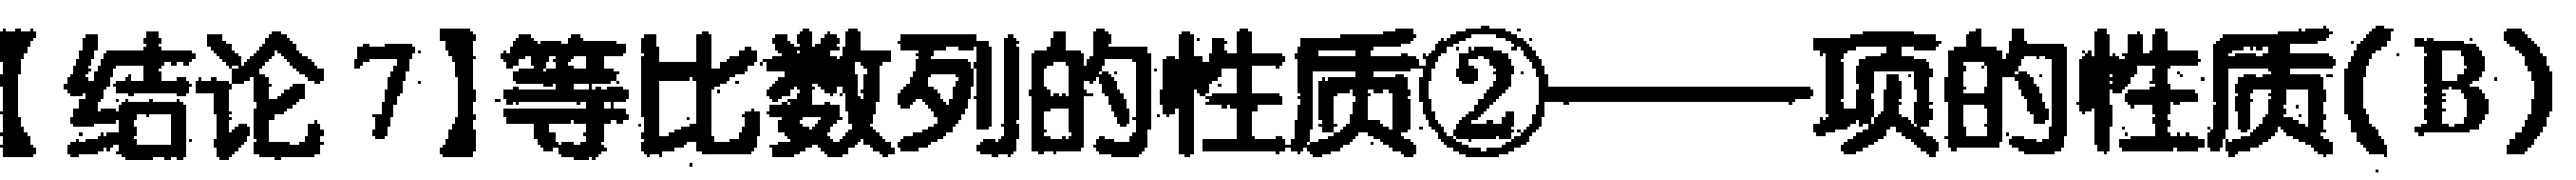
【结论7】等比数列的性质\textcircled{2}——项的性质(B)